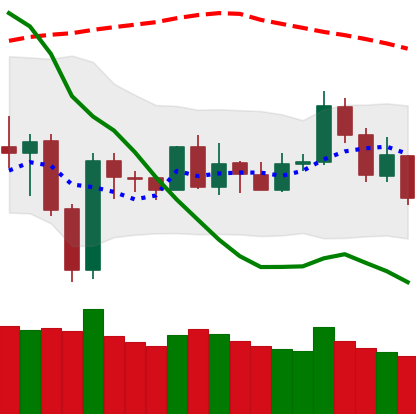
Ticker: NEO-USD
Chart end date: 2020-01-02
Forward return: 15.634%
Label: up_7plus